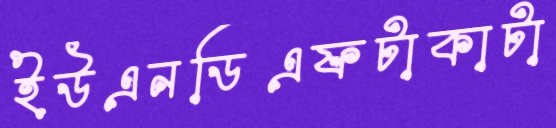
ইউএনডিএফটাকাটা